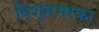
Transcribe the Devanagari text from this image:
विश्वभरका